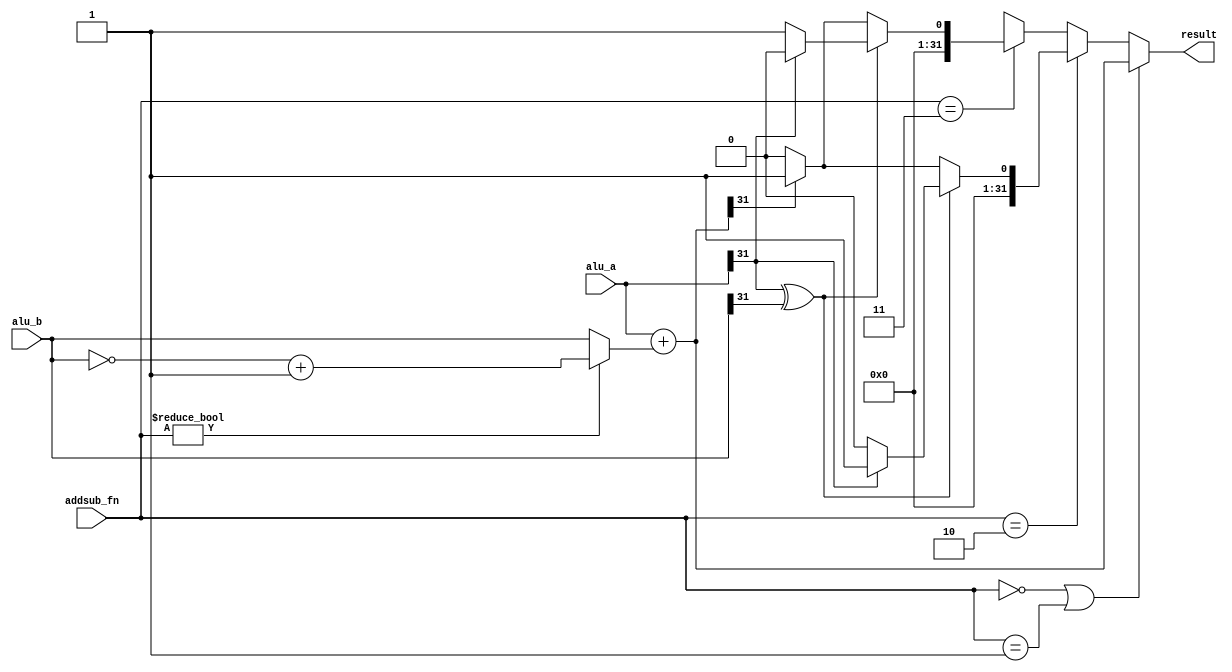
//=========================================================================
// 5-Stage PARC ALU
//=========================================================================

`ifndef PARC_CORE_DPATH_ALU_V
`define PARC_CORE_DPATH_ALU_V

//-------------------------------------------------------------------------
// addsub unit
//-------------------------------------------------------------------------

module parc_CoreDpathAluAddSub
(
  input      [ 1:0] addsub_fn, // 00 = add, 01 = sub, 10 = slt, 11 = sltu
  input      [31:0] alu_a,     // A operand
  input      [31:0] alu_b,     // B operand
  output reg [31:0] result     // result
);

  // We use one adder to perform both additions and subtractions
  wire [31:0] xB  = ( addsub_fn != 2'b00 ) ? ( ~alu_b + 1 ) : alu_b;
  wire [31:0] sum = alu_a + xB;

  wire diffSigns = alu_a[31] ^ alu_b[31];

  always @(*)
  begin

    if (( addsub_fn == 2'b00 ) || ( addsub_fn == 2'b01 ))
      result = sum;

    // Logic for signed set less than
    else if ( addsub_fn == 2'b10 )
    begin

      // If the signs of alu_a and alu_b are different then one is
      // negative and one is positive. If alu_a is the positive one then
      // it is not less than alu_b, and if alu_a is the negative one then
      // it is less than alu_b.

      if ( diffSigns )
        if ( alu_a[31] == 1'b0 )    // alu_a is positive
          result = { 31'b0, 1'b0 };
        else                        // alu_a is negative
          result = { 31'b0, 1'b1 };

      // If the signs of alu_a and alu_b are the same then we look at the
      // result from (alu_a - alu_b). If this is positive then alu_a is
      // not less than alu_b, and if this is negative then alu_a is
      // indeed less than alu_b.

      else
        if ( sum[31] == 1'b0 )      // (alu_a - alu_b) is positive
          result = { 31'b0, 1'b0 };
        else                        // (alu_a - alu_b) is negative
          result = { 31'b0, 1'b1 };

    end

    // Logic for unsigned set less than
    else if ( addsub_fn == 2'b11 )

      // If the MSB of alu_a and alu_b are different then the one with a
      // one in the MSB is greater than the other. If alu_a has a one in
      // the MSB then it is not less than alu_b, and if alu_a has a zero
      // in the MSB then it is less than alu_b.

      if ( diffSigns )
        if ( alu_a[31] == 1'b1 )    // alu_a is the greater one
          result = { 31'b0, 1'b0 };
        else                        // alu_a is the smaller one
          result = { 31'b0, 1'b1 };

      // If the MSB of alu_a and alu_b are the same then we look at the
      // result from (alu_a - alu_b). If this is positive then alu_a is
      // not less than alu_b, and if this is negative then alu_a is
      // indeed less than alu_b.

      else
        if ( sum[31] == 1'b0 )      // (alu_a - alu_b) is positive
          result = { 31'b0, 1'b0 };
        else                        // (alu_a - alu_b) is negative
          result = { 31'b0, 1'b1 };

    else
      result = 32'bx;

  end

endmodule

//-------------------------------------------------------------------------
// shifter unit
//-------------------------------------------------------------------------

module parc_CoreDpathAluShifter
(
  input  [ 1:0] shift_fn,  // 00 = lsl, 01 = lsr, 11 = asr
  input  [31:0] alu_a,     // Shift ammount
  input  [31:0] alu_b,     // Operand to shift
  output [31:0] result     // result
);

  // We need this to make sure that we get a signed right shift
  wire signed [31:0] signed_alu_b = alu_b;
  wire signed [31:0] signed_result = signed_alu_b >>> alu_a[4:0];

  assign result
    = ( shift_fn == 2'b00 ) ? ( alu_b << alu_a[4:0] ) :
      ( shift_fn == 2'b01 ) ? ( alu_b >> alu_a[4:0] ) :
      ( shift_fn == 2'b11 ) ? signed_result :
                              ( 32'bx );

endmodule

//-------------------------------------------------------------------------
// logical unit
//-------------------------------------------------------------------------

module parc_CoreDpathAluLogical
(
  input  [1:0]  logical_fn, // 00 = and, 01 = or, 10 = xor, 11 = nor
  input  [31:0] alu_a,
  input  [31:0] alu_b,
  output [31:0] result
);

  assign result
    = ( logical_fn == 2'b00 ) ?  ( alu_a & alu_b ) :
      ( logical_fn == 2'b01 ) ?  ( alu_a | alu_b ) :
      ( logical_fn == 2'b10 ) ?  ( alu_a ^ alu_b ) :
      ( logical_fn == 2'b11 ) ? ~( alu_a | alu_b ) :
                                 ( 32'bx );

endmodule

//------------------------------------------------------------------------
// muldiv unit
//------------------------------------------------------------------------

module parc_CoreDpathAluMulDiv
(
  input      [ 2:0] muldiv_fn, // 00 = mul, 01 = div, 10 = divu, 11 = rem, 100 = remu
  input      [31:0] alu_a,     // A operand
  input      [31:0] alu_b,     // B operand
  output     [31:0] result     // result
);

  wire              negative   = ( alu_a[31] ^ alu_b[31] );

  wire       [31:0] alu_a_u    = ( alu_a[31] == 1'b1 ) ? ( ~alu_a + 1 )
                               :                         alu_a;
  wire       [31:0] alu_b_u    = ( alu_b[31] == 1'b1 ) ? ( ~alu_b + 1 )
                               :                         alu_b;

  wire       [31:0] product    = alu_a * alu_b;
  wire       [31:0] quotientu  = alu_a / alu_b;
  wire       [31:0] remainderu = alu_a % alu_b;

  wire       [31:0] quotient_raw   = alu_a_u / alu_b_u;
  wire       [31:0] remainder_raw  = alu_a_u % alu_b_u;

  wire       [31:0] quotient       = negative  ? ( ~quotient_raw + 1 )
                                   :             quotient_raw;

  // Remainder is same sign as dividend
  wire       [31:0] remainder      = alu_a[31] ? ( ~remainder_raw + 1 )
                                   :             remainder_raw;

  assign result = ( muldiv_fn == 3'd0 ) ? product
                : ( muldiv_fn == 3'd1 ) ? quotient
                : ( muldiv_fn == 3'd2 ) ? quotientu
                : ( muldiv_fn == 3'd3 ) ? remainder
                : ( muldiv_fn == 3'd4 ) ? remainderu
                :                         32'bx;

endmodule

//-------------------------------------------------------------------------
// Main alu
//-------------------------------------------------------------------------

module parc_CoreDpathAlu
(
  input  [31:0] in0,
  input  [31:0] in1,
  input  [ 3:0] fn,
  output [31:0] out
);

  // -- Decoder ----------------------------------------------------------

  reg [1:0] out_mux_sel;
  reg [1:0] fn_addsub;
  reg [1:0] fn_shifter;
  reg [1:0] fn_logical;
  reg [2:0] fn_muldiv;

  reg [10:0] cs;

  always @(*)
  begin

    cs = 11'bx;
    case ( fn )
      4'd0  : cs = { 2'd0, 2'b00, 2'bxx, 2'bxx, 3'bxx  }; // ADD
      4'd1  : cs = { 2'd0, 2'b01, 2'bxx, 2'bxx, 3'bxx  }; // SUB
      4'd2  : cs = { 2'd1, 2'bxx, 2'b00, 2'bxx, 3'bxx  }; // SLL
      4'd3  : cs = { 2'd2, 2'bxx, 2'bxx, 2'b01, 3'bxx  }; // OR
      4'd4  : cs = { 2'd0, 2'b10, 2'bxx, 2'bxx, 3'bxx  }; // SLT
      4'd5  : cs = { 2'd0, 2'b11, 2'bxx, 2'bxx, 3'bxx  }; // SLTU
      4'd6  : cs = { 2'd2, 2'bxx, 2'bxx, 2'b00, 3'bxx  }; // AND
      4'd7  : cs = { 2'd2, 2'bxx, 2'bxx, 2'b10, 3'bxx  }; // XOR
      4'd8  : cs = { 2'd2, 2'bxx, 2'bxx, 2'b11, 3'bxx  }; // NOR
      4'd9  : cs = { 2'd1, 2'bxx, 2'b01, 2'bxx, 3'bxx  }; // SRL
      4'd10 : cs = { 2'd1, 2'bxx, 2'b11, 2'bxx, 3'bxx  }; // SRA
      4'd11 : cs = { 2'd3, 2'bxx, 2'bxx, 2'bxx, 3'b000 }; // MUL
      4'd12 : cs = { 2'd3, 2'bxx, 2'bxx, 2'bxx, 3'b001 }; // DIV
      4'd13 : cs = { 2'd3, 2'bxx, 2'bxx, 2'bxx, 3'b010 }; // DIVU
      4'd14 : cs = { 2'd3, 2'bxx, 2'bxx, 2'bxx, 3'b011 }; // REM
      4'd15 : cs = { 2'd3, 2'bxx, 2'bxx, 2'bxx, 3'b100 }; // REMU
    endcase

    { out_mux_sel, fn_addsub, fn_shifter, fn_logical, fn_muldiv } = cs;

  end

  // -- Functional units -------------------------------------------------

  wire [31:0] addsub_out;

  parc_CoreDpathAluAddSub addsub
  (
    .addsub_fn  (fn_addsub),
    .alu_a      (in0),
    .alu_b      (in1),
    .result     (addsub_out)
  );

  wire [31:0] shifter_out;

  parc_CoreDpathAluShifter shifter
  (
    .shift_fn   (fn_shifter),
    .alu_a      (in0),
    .alu_b      (in1),
    .result     (shifter_out)
  );

  wire [31:0] logical_out;

  parc_CoreDpathAluLogical logical
  (
    .logical_fn (fn_logical),
    .alu_a      (in0),
    .alu_b      (in1),
    .result     (logical_out)
  );

  wire [31:0] muldiv_out;

  parc_CoreDpathAluMulDiv muldiv
  (
    .muldiv_fn  (fn_muldiv),
    .alu_a      (in0),
    .alu_b      (in1),
    .result     (muldiv_out)
  );

  // -- Final output mux -------------------------------------------------

  assign out = ( out_mux_sel == 2'd0 ) ? addsub_out
             : ( out_mux_sel == 2'd1 ) ? shifter_out
             : ( out_mux_sel == 2'd2 ) ? logical_out
             : ( out_mux_sel == 2'd3 ) ? muldiv_out
             :                           32'bx;

endmodule

`endif